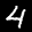
Label: 4